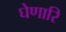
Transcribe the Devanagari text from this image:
घेणारि